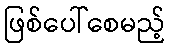
ဖြစ်ပေါ်စေမည့်